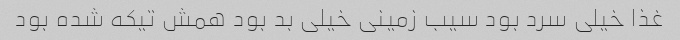
غذا خیلی سرد بود سیب زمینی خیلی بد بود همش تیکه شده بود